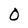
Character: 0